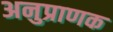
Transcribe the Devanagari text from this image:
अनुप्राणक